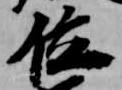
佐